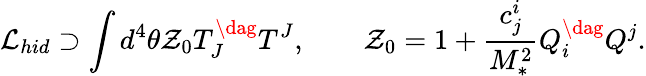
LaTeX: {\mathcal L}_{hid}\supset\int d^{4}\theta{\mathcal Z}_{0}T_{J}^{\dag}T^{J},\qquad{\mathcal Z}_{0}=1+\frac{c_{j}^{i}}{M_{*}^{2}}Q_{i}^{\dag}Q^{j}.